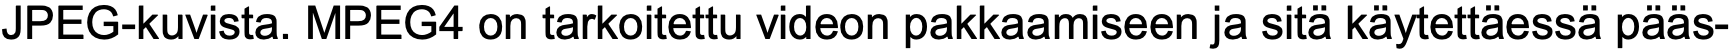
JPEG-kuvista. MPEG4 on tarkoitettu videon pakkaamiseen ja sitä käytettäessä pääs-